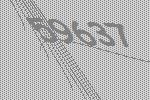
59637